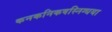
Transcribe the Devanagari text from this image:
कनकनिकषस्निग्धया